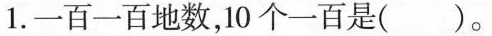
1.一百一百地数，10个一百是()